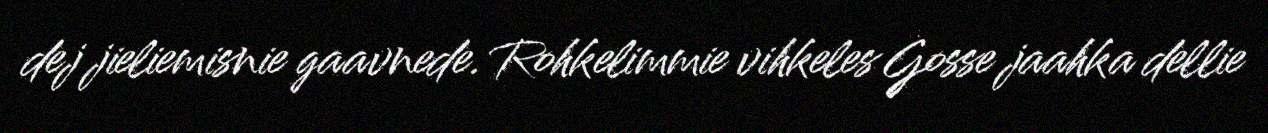
dej jieliemisnie gaavnede. Rohkelimmie vihkeles Gosse jaahka dellie